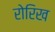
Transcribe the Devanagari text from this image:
रोरिख